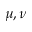
\mu , \nu